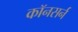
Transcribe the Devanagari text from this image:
कॉनसर्न